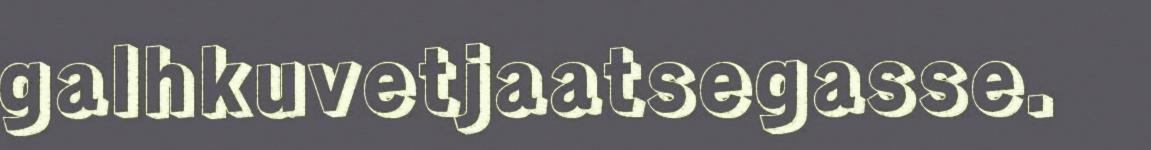
galhkuvetjaatsegasse.